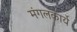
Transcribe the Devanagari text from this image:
मंगलकार्ये